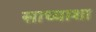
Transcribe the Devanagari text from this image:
साध्याशा